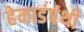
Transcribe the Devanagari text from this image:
हेमाडंपंथी